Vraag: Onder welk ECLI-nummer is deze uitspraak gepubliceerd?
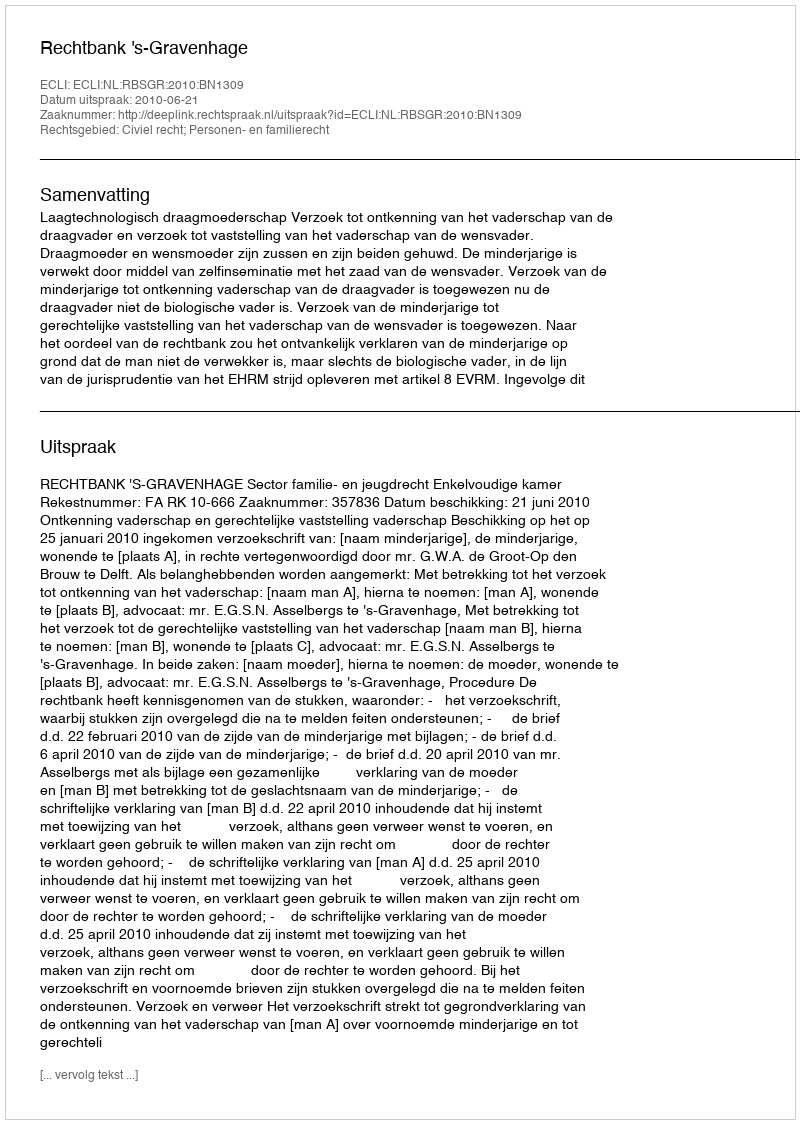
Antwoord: ECLI:NL:RBSGR:2010:BN1309